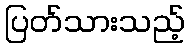
ပြတ်သားသည့်